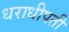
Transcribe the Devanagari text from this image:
धराधीपती